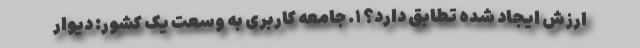
ارزش ایجاد شده تطابق دارد؟ ۱. جامعه کاربری به وسعت یک کشور: دیوار